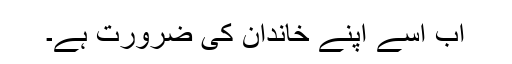
اب اسے اپنے خاندان کی ضرورت ہے۔